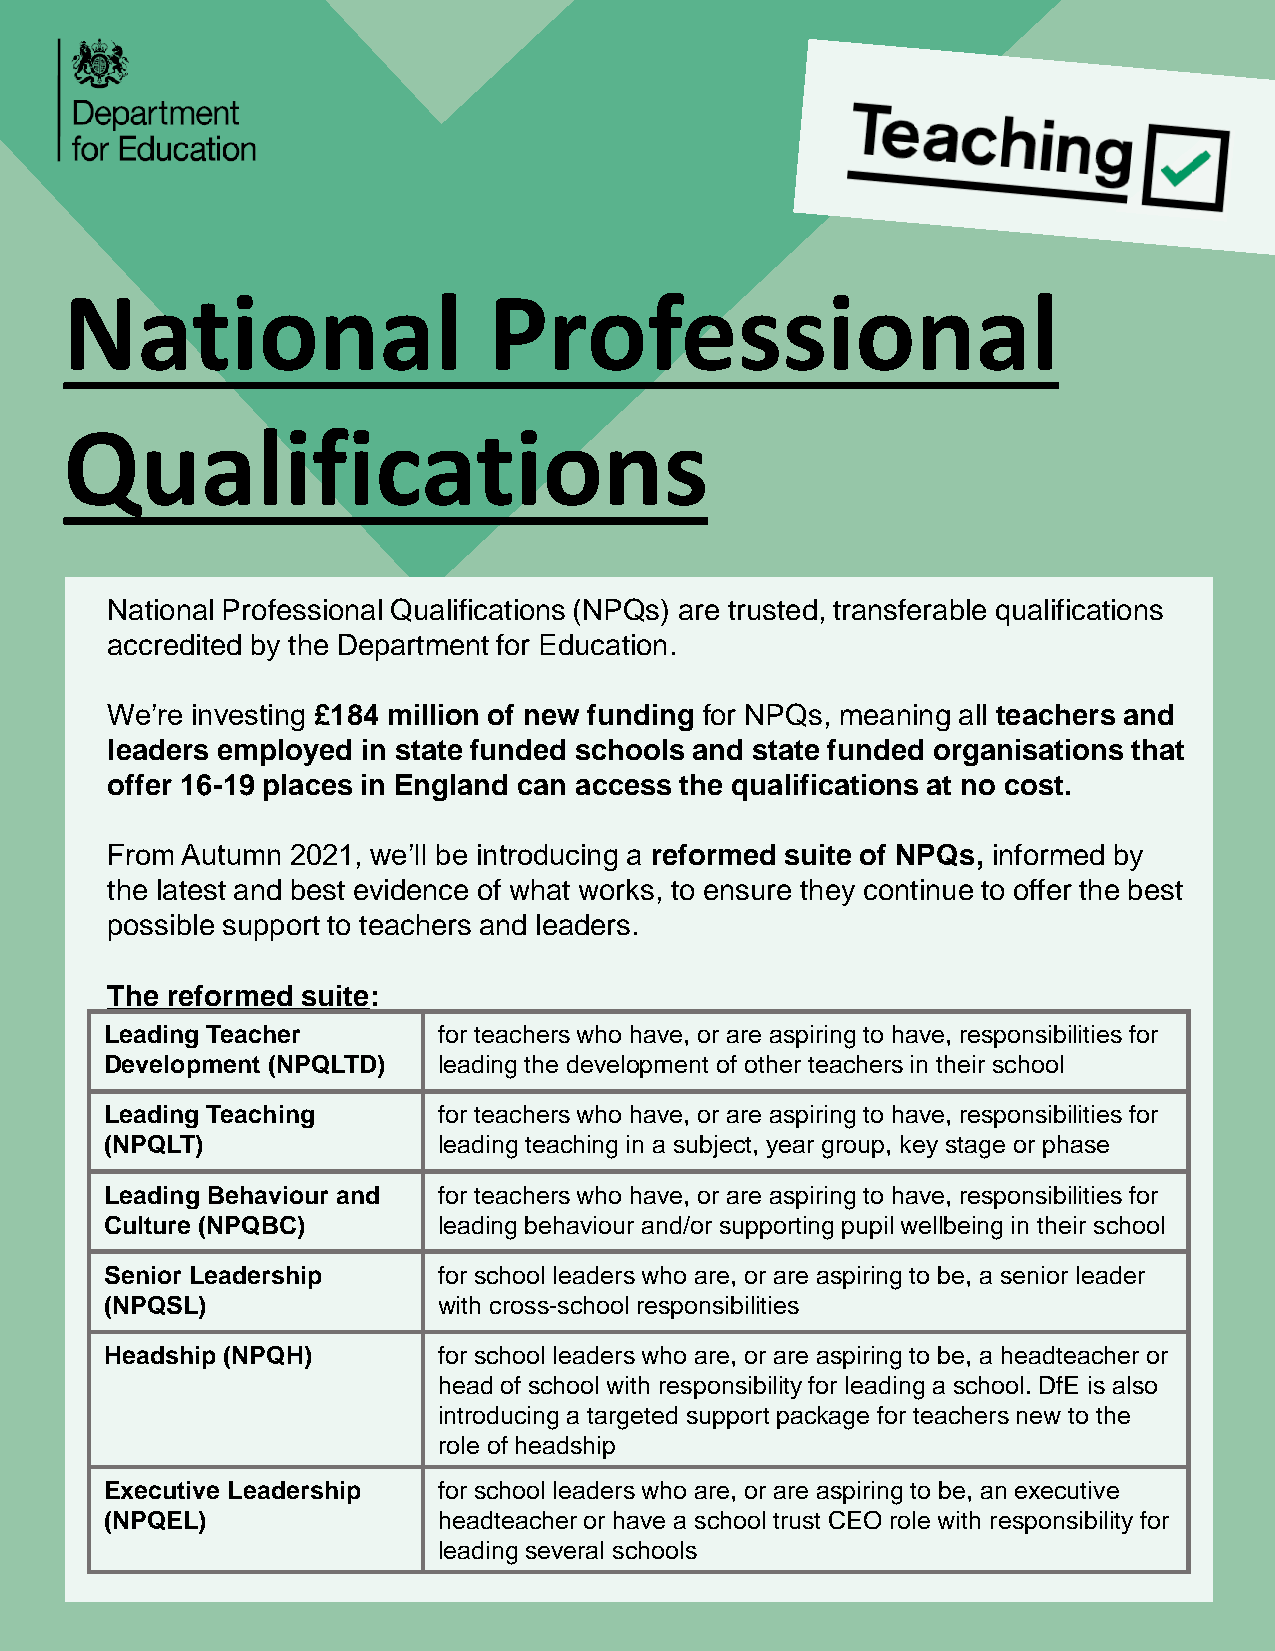
National                    Professional
 Qualifications
 National Professional Qualifications (NPQs) are trusted, transferable qualifications
 accredited by the Department for Education.
 We’re investing £184 million of new funding for NPQs, meaning all teachers and
 leaders employed in state funded schools and state funded organisations that
 offer 16-19 places in England can access the qualifications at no cost.
 From Autumn 2021, we’ll be introducing a reformed suite of NPQs, informed by
 the latest and best evidence of what works, to ensure they continue to offer the best
 possible support to teachers and leaders.
 The reformed suite:
 Leading Teacher       for teachers who have, or are aspiring to have, responsibilities for
 Development (NPQLTD)  leading the development of other teachers in their school
 Leading Teaching      for teachers who have, or are aspiring to have, responsibilities for
 (NPQLT)               leading teaching in a subject, year group, key stage or phase
 Leading Behaviour and for teachers who have, or are aspiring to have, responsibilities for
 Culture (NPQBC)       leading behaviour and/or supporting pupil wellbeing in their school
 Senior Leadership     for school leaders who are, or are aspiring to be, a senior leader
 (NPQSL)               with cross-school responsibilities
 Headship (NPQH)       for school leaders who are, or are aspiring to be, a headteacher or
 head of school with responsibility for leading a school. DfE is also
 introducing a targeted support package for teachers new to the
 role of headship
 Executive Leadership  for school leaders who are, or are aspiring to be, an executive
 (NPQEL)               headteacher or have a school trust CEO role with responsibility for
 leading several schools